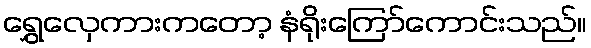
ရွှေလှေကားကတော့ နံရိုးကြော်ကောင်းသည်။